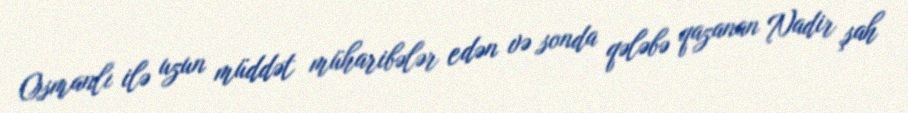
Osmanlı ilə uzun müddət müharibələr edən və sonda qələbə qazanan Nadir şah